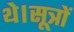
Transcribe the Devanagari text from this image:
थे।सूत्रों